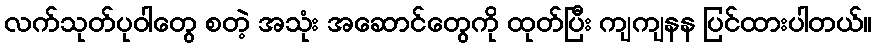
လက်သုတ်ပုဝါတွေ စတဲ့ အသုံး အဆောင်တွေကို ထုတ်ပြီး ကျကျနန ပြင်ထားပါတယ်။